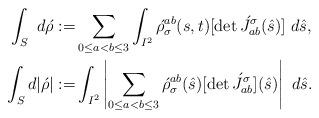
LaTeX: \begin{align*}\int_S\ d\acute{\rho} :=& \sum_{0\leq a < b \leq 3}\int_{I^2}\acute{\rho}_\sigma^{ab}(s,t)[\det \acute{J}_{ab}^\sigma(\hat{s})]\ d\hat{s}, \\ \int_S d|\acute{\rho}| :=& \int_{I^2}\left| \sum_{0\leq a < b \leq 3}\acute{\rho}_\sigma^{ab}(\hat{s})[\det \acute{J}_{ab}^\sigma](\hat{s})\right|\ d\hat{s}.\end{align*}